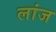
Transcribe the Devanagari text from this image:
लांज